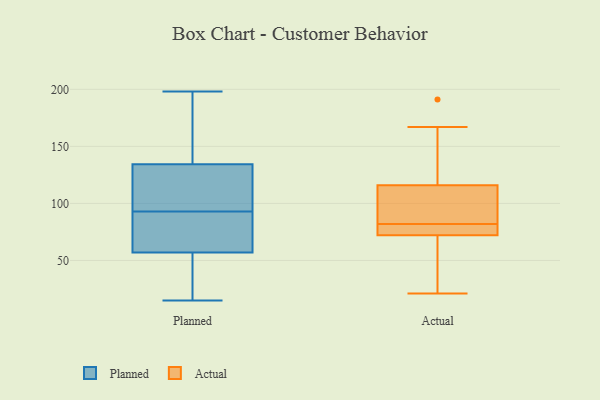
{"axis": {"x": "Customer Acquisition Cost (USD)", "y": "Value"}, "legend": ["Actual", "Planned"], "data": [{"x": "", "y": 135, "type": "Planned"}, {"x": "", "y": 15, "type": "Planned"}, {"x": "", "y": 130, "type": "Planned"}, {"x": "", "y": 156, "type": "Planned"}, {"x": "", "y": 150, "type": "Planned"}, {"x": "", "y": 57, "type": "Planned"}, {"x": "", "y": 25, "type": "Planned"}, {"x": "", "y": 57, "type": "Planned"}, {"x": "", "y": 60, "type": "Planned"}, {"x": "", "y": 41, "type": "Planned"}, {"x": "", "y": 65, "type": "Planned"}, {"x": "", "y": 132, "type": "Planned"}, {"x": "", "y": 198, "type": "Planned"}, {"x": "", "y": 93, "type": "Planned"}, {"x": "", "y": 108, "type": "Planned"}, {"x": "", "y": 75, "type": "Actual"}, {"x": "", "y": 49, "type": "Actual"}, {"x": "", "y": 167, "type": "Actual"}, {"x": "", "y": 191, "type": "Actual"}, {"x": "", "y": 72, "type": "Actual"}, {"x": "", "y": 111, "type": "Actual"}, {"x": "", "y": 45, "type": "Actual"}, {"x": "", "y": 116, "type": "Actual"}, {"x": "", "y": 80, "type": "Actual"}, {"x": "", "y": 142, "type": "Actual"}, {"x": "", "y": 21, "type": "Actual"}, {"x": "", "y": 82, "type": "Actual"}, {"x": "", "y": 82, "type": "Actual"}, {"x": "", "y": 110, "type": "Actual"}]}